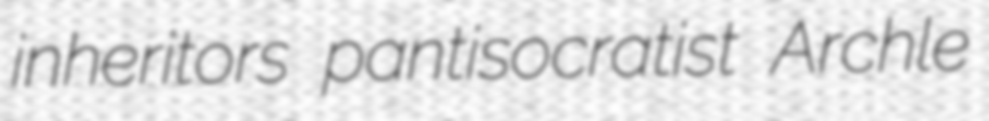
inheritors pantisocratist Archle